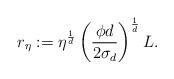
LaTeX: \begin{align*}r_\eta:=\eta^{\frac{1}{d}} \left(\frac{\phi d}{2 \sigma _d}\right)^{\frac{1}{d}}L.\end{align*}